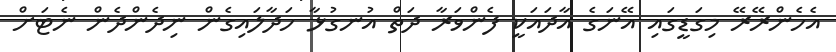
އެހެންރޭރޭ މިގަޑީގައި އޭނަގެ އާދައަކީ ފެންވަރާ ދަތް އުނގުޅާ ހަދާލައިގެން ނިދެންދެން ނެޓަށް